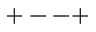
+ -- +